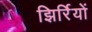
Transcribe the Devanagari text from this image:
झिर्रियों